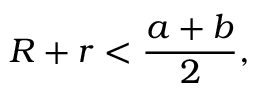
R + r < { \frac { a + b } { 2 } } ,